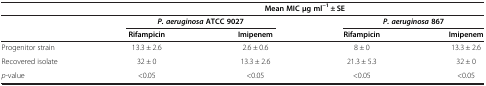
|  | <COLSPAN=4> Mean MIC μg ml-1 ± SE |
 |  | <COLSPAN=2> P. aeruginosa ATCC 9027 | <COLSPAN=2> P. aeruginosa 867 |
 |  | Rifampicin | Imipenem | Rifampicin | Imipenem |
 | --- | --- | --- | --- | --- |
 | Progenitor strain | 13.3 ± 2.6 | 2.6 ± 0.6 | 8 ± 0 | 13.3 ± 2.6 |
 | Recovered isolate | 32 ± 0 | 13.3 ± 2.6 | 21.3 ± 5.3 | 32 ± 0 |
 | p-value | <0.05 | <0.05 | <0.05 | <0.05 |